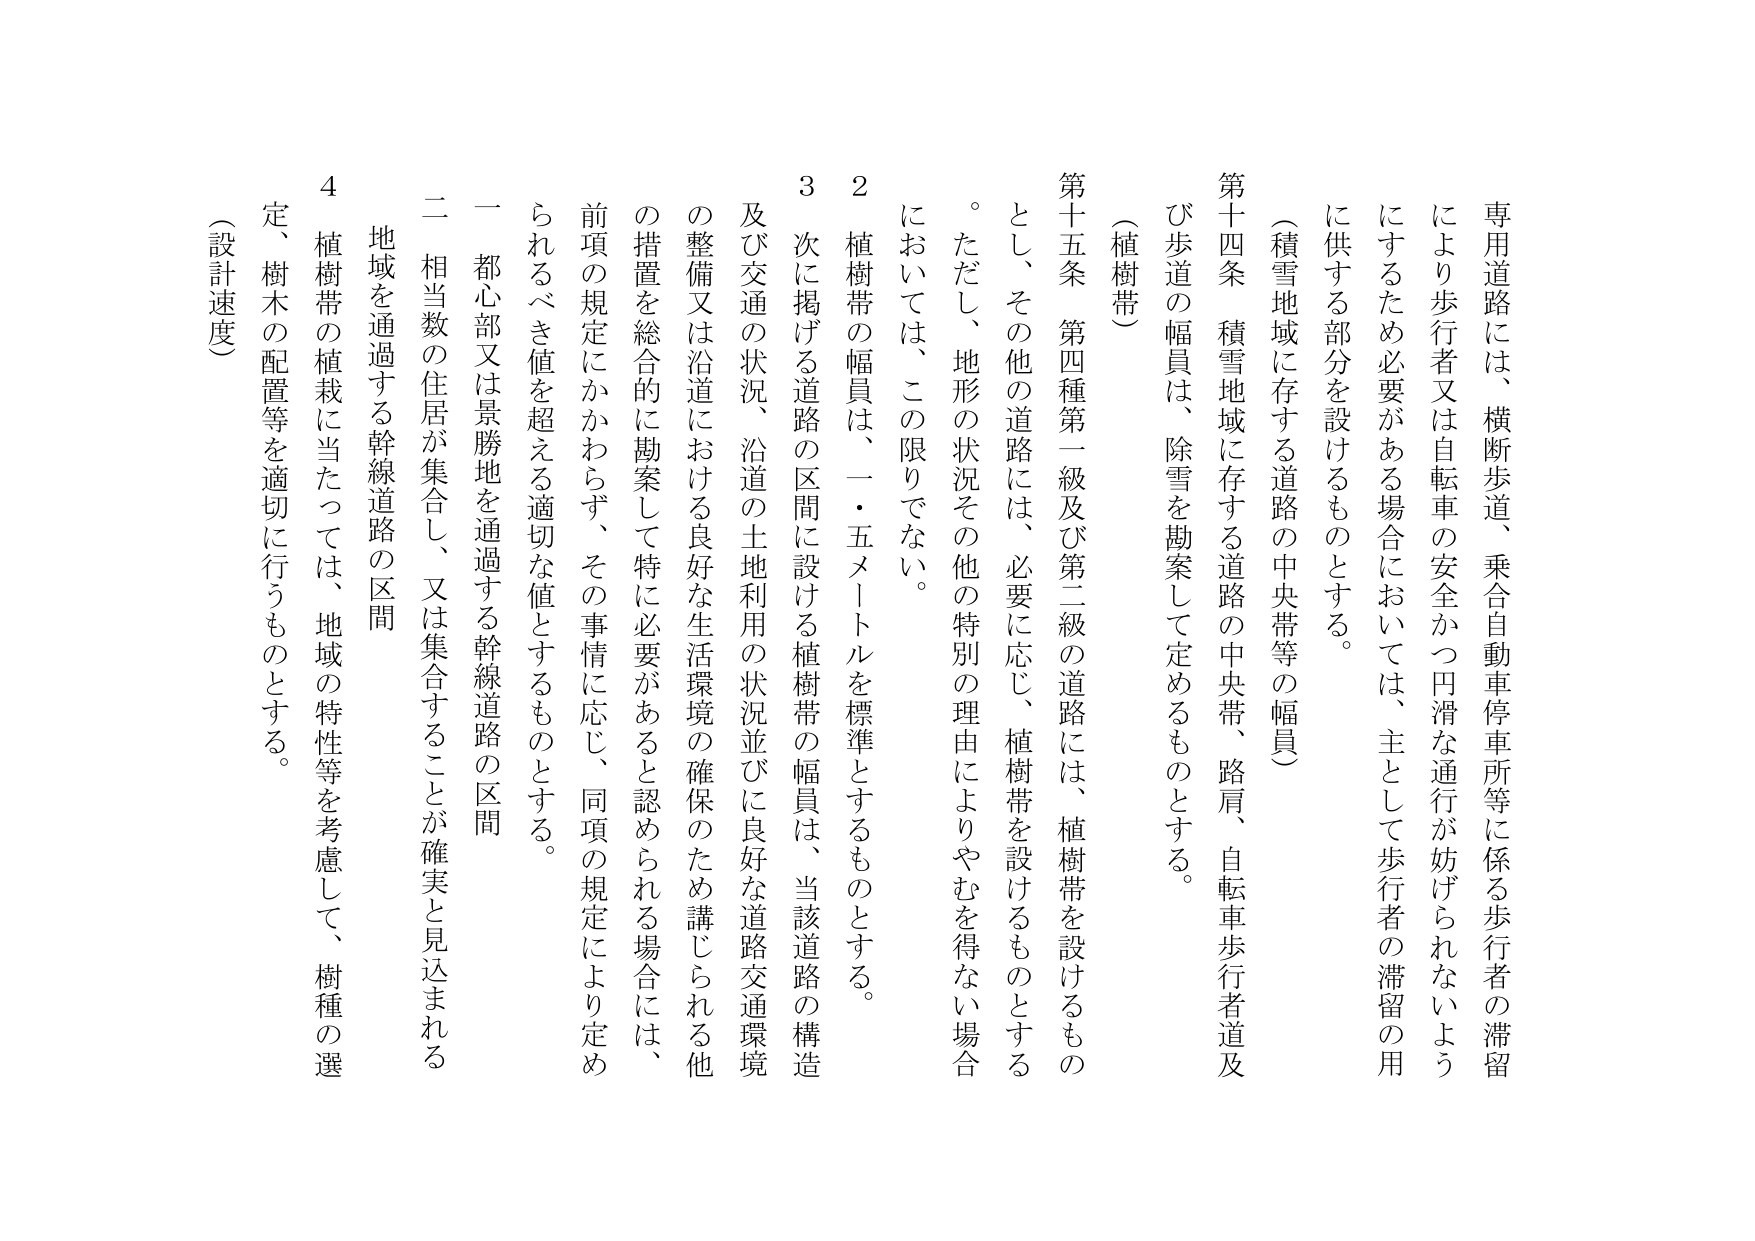
専用道路には、横断歩道、乗合自動車停車所等に係る歩行者の滞留により歩行者又は自転車の安全かつ円滑な通行が妨げられないようにするため必要がある場合においては、主として歩行者の滞留の用に供する部分を設けるものとする。

（積雪地域に存する道路の中央帯等の幅員）

第十四条 積雪地域に存する道路の中央帯、路肩、自転車歩行者道及び歩道の幅員は、除雪を勘案して定めるものとする。

（植樹帯）

第十五条 第四種第一級及び第二級の道路には、植樹帯を設けるものとし、その他の道路には、必要に応じ、植樹帯を設けるものとする。ただし、地形の状況その他の特別の理由によりやむを得ない場合においては、この限りでない。

２ 植樹帯の幅員は、一・五メートルを標準とするものとする。

３ 次に掲げる道路の区間に設ける植樹帯の幅員は、当該道路の構造及び交通の状況、沿道の土地利用の状況並びに良好な道路交通環境の整備又は沿道における良好な生活環境の確保のため講じられる他の措置を総合的に勘案して特に必要があると認められる場合には、前項の規定にかかわらず、その事情に応じ、同項の規定により定められるべき値を超える適切な値とするものとする。

一 都心部又は景勝地を通過する幹線道路の区間

二 相当数の住居が集合し、又は集合することが確実と見込まれる地域を通過する幹線道路の区間

４ 植樹帯の植栽に当たっては、地域の特性等を考慮して、樹種の選定、樹木の配置等を適切に行うものとする。

（設計速度）